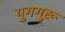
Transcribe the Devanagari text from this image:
युगगुरू